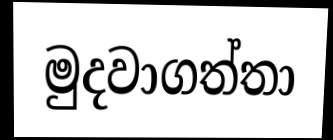
මුදවාගත්තා